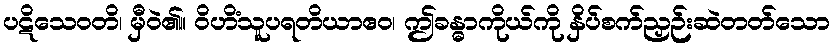
ပဋိသေဝတိ၊ မှီဝဲ၏။ ဝိဟိံသူပရတိယာဧဝ၊ ဤခန္ဓာကိုယ်ကို နှိပ်စက်ညှဉ်းဆဲတတ်သော